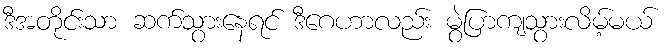
ဒီအတိုင်းသာ ဆက်သွားနေရင် ဒီဂေဟာလည်း မွဲပြာကျသွားလိမ့်မယ်